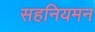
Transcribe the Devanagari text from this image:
सहनियमन